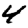
Digit: 4